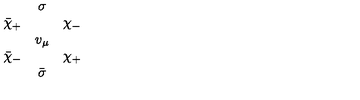
\begin{array} { c c c } { } & { \sigma } & { } \\ { \bar { \chi } _ { + } } & { } & { \chi _ { - } } \\ { } & { v _ { \mu } } & { } \\ { \bar { \chi } _ { - } } & { } & { \chi _ { + } } \\ { } & { \bar { \sigma } } & { } \\ \end{array}